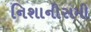
નિશાનીસમી